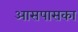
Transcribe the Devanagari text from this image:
आसपासका